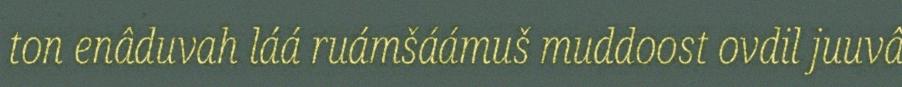
ton enâduvah láá ruámšáámuš muddoost ovdil juuvâ